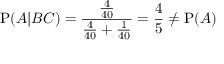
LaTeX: \mathrm { P } ( A | B C ) = { \frac { \frac { 4 } { 4 0 } } { { \frac { 4 } { 4 0 } } + { \frac { 1 } { 4 0 } } } } = { \frac { 4 } { 5 } } \neq \mathrm { P } ( A )